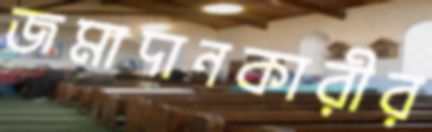
জমাদানকারীর